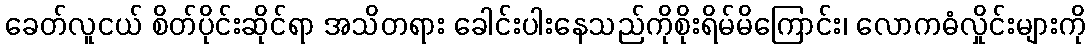
ခေတ်လူငယ် စိတ်ပိုင်းဆိုင်ရာ အသိတရား ခေါင်းပါးနေသည်ကိုစိုးရိမ်မိကြောင်း၊ လောကဓံလှိုင်းများကို